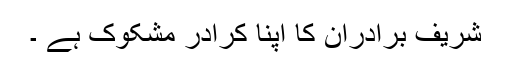
شریف برادران کا اپنا کرادر مشکوک ہے ۔